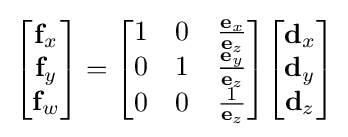
{\begin{bmatrix}\mathbf {f} _{x}\\\mathbf {f} _{y}\\\mathbf {f} _{w}\end{bmatrix}}={\begin{bmatrix}1&0&{\frac {\mathbf {e} _{x}}{\mathbf {e} _{z}}}\\0&1&{\frac {\mathbf {e} _{y}}{\mathbf {e} _{z}}}\\0&0&{\frac {1}{\mathbf {e} _{z}}}\end{bmatrix}}{\begin{bmatrix}\mathbf {d} _{x}\\\mathbf {d} _{y}\\\mathbf {d} _{z}\end{bmatrix}}